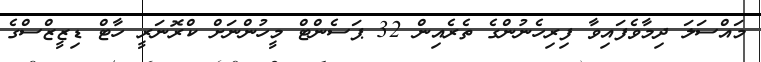
މައްސަލަ ދިމާވެފައިވާ ފިރިހެނުންގެ ތެރެއިން 32 ޕަސެންޓް މީހުންނަށް ކްރޮނަރީ ހާޓް ޑިޒީޒްސްގެ